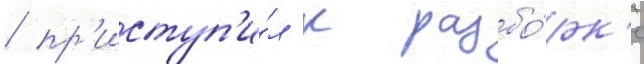
/ пр'иступ'и́л к разбо́рк'е